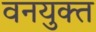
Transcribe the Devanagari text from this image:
वनयुक्त